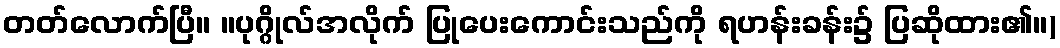
တတ်လောက်ပြီ။ ။ပုဂ္ဂိုလ်အလိုက် ပြုပေးကောင်းသည်ကို ရဟန်းခန်း၌ ပြဆိုထား၏။)